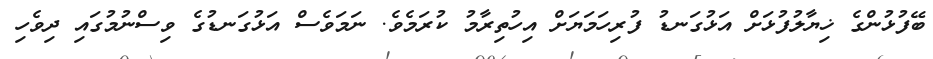
ބޭފުޅުންގެ ޚިޔާލުފުޅަށް އަޅުގަނޑު ފުރިހަމަޔަށް އިހުތިރާމު ކުރަމެވެ. ނަމަވެސް އަޅުގަނޑުގެ ވިސްނުމުގައި ދިވެހި